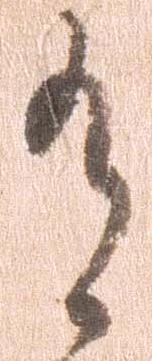
有